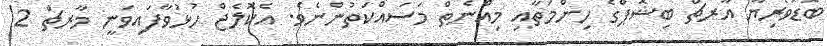
ބޮޑުވެރިޔާ އާރޗް ބިޝޮޕްގެ ހިންމަތާއި މިއްނެތް މަސައްކަތުންނެވެ. އެކޮލެޖް ހުޅުވާފައިވަނީ މާރޗް 2